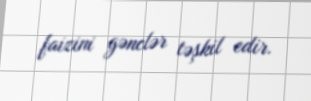
faizini gənclər təşkil edir.